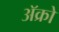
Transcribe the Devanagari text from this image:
अॅक्रो